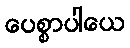
ပေစ္စာပါယေ